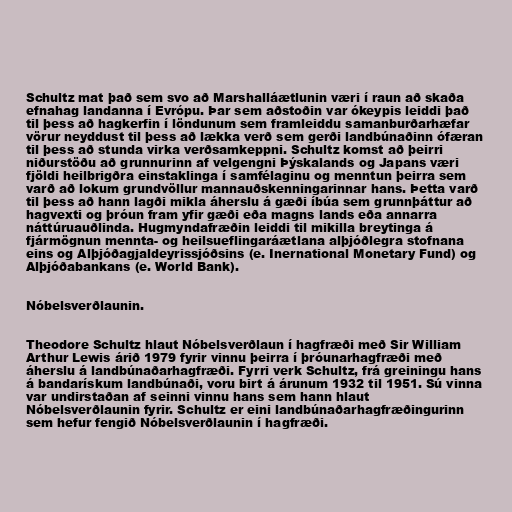
Schultz mat það sem svo að Marshalláætlunin væri í raun að skaða
efnahag landanna í Evrópu. Þar sem aðstoðin var ókeypis leiddi það
til þess að hagkerfin í löndunum sem framleiddu samanburðarhæfar
vörur neyddust til þess að lækka verð sem gerði landbúnaðinn ófæran
til þess að stunda virka verðsamkeppni. Schultz komst að þeirri
niðurstöðu að grunnurinn af velgengni Þýskalands og Japans væri
fjöldi heilbrigðra einstaklinga í samfélaginu og menntun þeirra sem
varð að lokum grundvöllur mannauðskenningarinnar hans. Þetta varð
til þess að hann lagði mikla áherslu á gæði íbúa sem grunnþáttur að
hagvexti og þróun fram yfir gæði eða magns lands eða annarra
náttúruauðlinda. Hugmyndafræðin leiddi til mikilla breytinga á
fjármögnun mennta- og heilsueflingaráætlana alþjóðlegra stofnana
eins og Alþjóðagjaldeyrissjóðsins (e. Inernational Monetary Fund) og
Alþjóðabankans (e. World Bank).

Nóbelsverðlaunin.

Theodore Schultz hlaut Nóbelsverðlaun í hagfræði með Sir William
Arthur Lewis árið 1979 fyrir vinnu þeirra í þróunarhagfræði með
áherslu á landbúnaðarhagfræði. Fyrri verk Schultz, frá greiningu hans
á bandarískum landbúnaði, voru birt á árunum 1932 til 1951. Sú vinna
var undirstaðan af seinni vinnu hans sem hann hlaut
Nóbelsverðlaunin fyrir. Schultz er eini landbúnaðarhagfræðingurinn
sem hefur fengið Nóbelsverðlaunin í hagfræði.